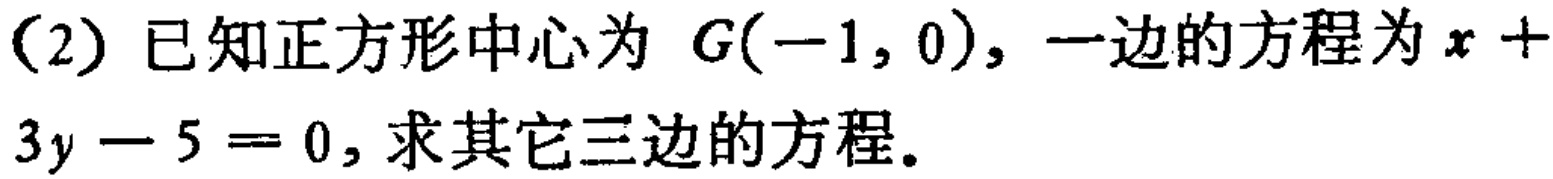
(2) 已知正方形中心为 \(G(-1,0)\)，一边的方程为 \(x + 3y - 5 = 0\)，求其它三边的方程。